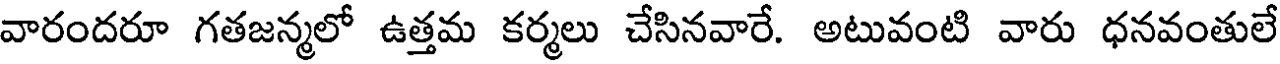
వారందరూ గతజన్మలో ఉత్తమ కర్మలు చేసినవారే. అటువంటి వారు ధనవంతులే